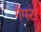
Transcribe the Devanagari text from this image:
गैंग्स्टा